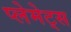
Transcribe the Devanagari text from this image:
प्लेमेट्स